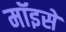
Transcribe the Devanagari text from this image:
मॉइसे